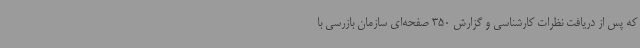
که پس از دریافت نظرات کارشناسی و گزارش 350 صفحه‌ای سازمان بازرسی با